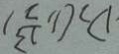
D _ { 2 } ( 1 , \frac { 1 3 } { 2 } )